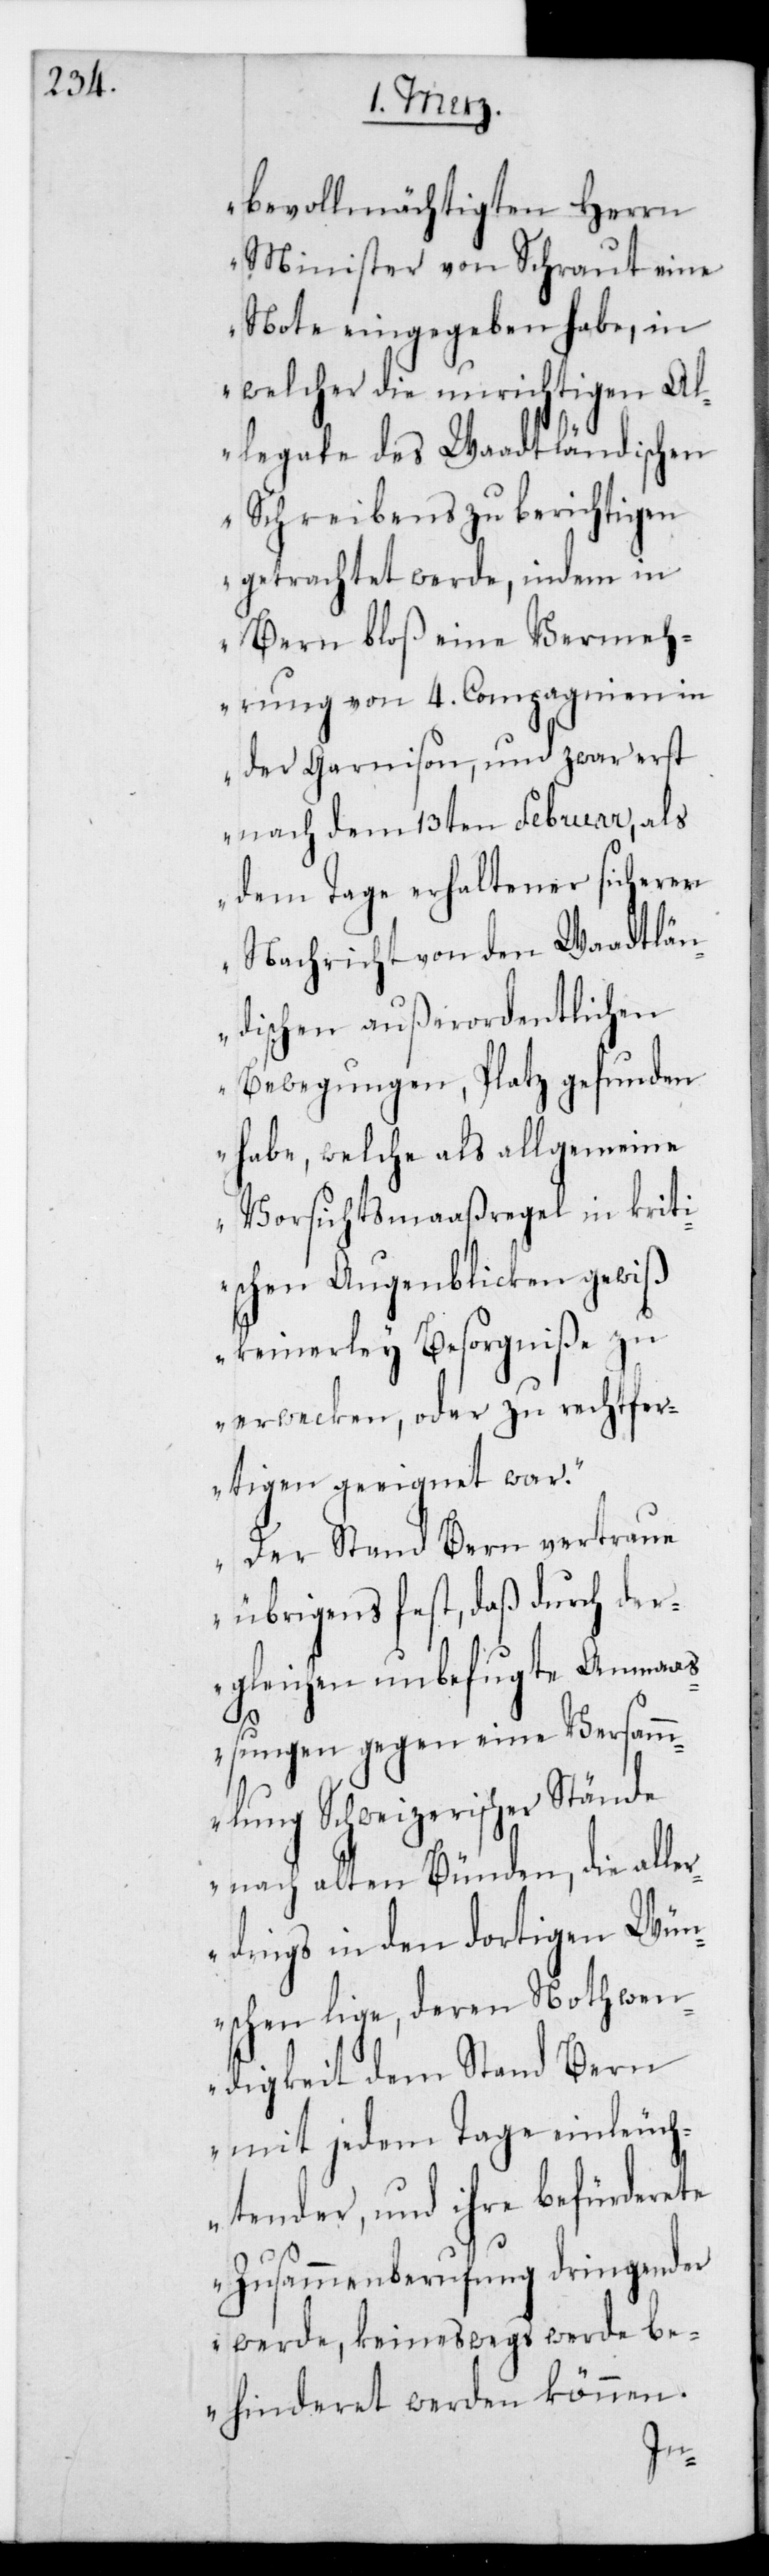
bevollmächtigten Herrn
Minister von Schraut eine
Note eingegeben habe, in
welcher die unrichtigen Al¬
legate des waadtländischen
Schreibens zu berichtigen
getrachtet werde, indem in
Bern bloß eine Vermeh¬
rung von 4. Compagnien in
der Garnison, und zwar erst
nach dem 13ten Februar, als
dem Tage erhaltener sicheren
Nachricht von den Waadtlän¬
dischen außerordentlichen
Bewegungen, Platz gefunden
habe, welche als allgemeine
Vorsichtsmaaßregel in kriti¬
schen Augenblicken gewiß
keinerlei Besorgniße zu
erwecken, oder zu rechtfer¬
tigen geeignet war.
Der Stand Bern vertraue
übrigens fest, daß durch der¬
gleichen unbefugte Anmaaß¬
ungen gegen eine Versamm¬
lung schweizerischer Stände
nach alten Bünden, die alle¬
rdings in den dortigen Wün¬
schen liege, deren Nothwen¬
digkeit dem Stand Bern
mit jedem Tage einleuch¬
tender, und ihre befürderete
Zusammenberufung dringender
werde, keineswegs werde be¬
hinderet werden können.